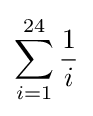
\sum _{i=1}^{24}{\frac {1}{i}}